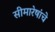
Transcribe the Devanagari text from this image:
सीमारेषांचे